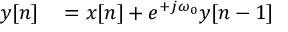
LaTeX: \begin{array} { r l } { y [ n ] } & { { } = x [ n ] + e ^ { + j \omega _ { 0 } } y [ n - 1 ] } \end{array}